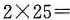
$$2 \times 25 =$$